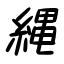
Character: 縄